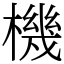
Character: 機